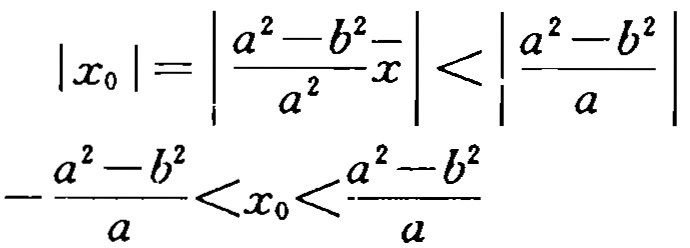
\[
\begin{align*}
|x_0|=\left|\frac{a^{2}-b^{2}}{a^{2}}x\right|&<\left|\frac{a^{2}-b^{2}}{a}\right|\\
-\frac{a^{2}-b^{2}}{a}&<x_0<\frac{a^{2}-b^{2}}{a}
\end{align*}
\]